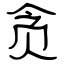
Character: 贪